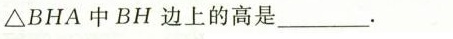
△BHA中BH边上的高是___。